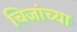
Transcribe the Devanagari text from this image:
चिजांच्या